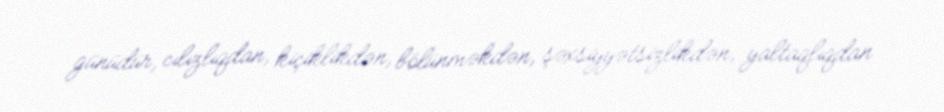
günüdür, cılızlıqdan, kiçiklikdən, bölünməkdən, şəxsiyyətsizlikdən, yaltaqlıqdan